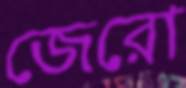
জেরো